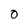
Character: O